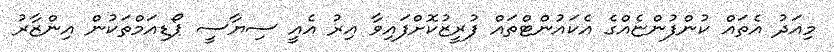
މިއަދު އެތައް ކުންފުންޏެއްގެ އެކައުންޓްތައް ފުރީޒުކޮށްފައިވާ އިރު އެއީ ސިޔާސީ ޕޯޑިއަމްތަކުން އިންޒާރު